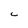
Character: C